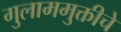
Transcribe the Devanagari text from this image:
गुलाममुक्तीचे